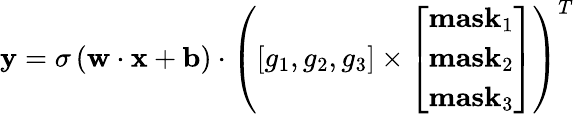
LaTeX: {\mathbf{y}}=\sigma\left({{\mathbf{w}}\cdot{\mathbf{x}}+{\mathbf{b}}}\right)\cdot{\left({\left[{{g_{1}},{g_{2}},{g_{3}}}\right]\times\left[\begin{array}{l}{{\mathbf{mas}}{{\mathbf{k}}_{1}}}\\ {{\mathbf{mas}}{{\mathbf{k}}_{2}}}\\ {{\mathbf{mas}}{{\mathbf{k}}_{3}}}\end{array}\right]}\right)^{T}}